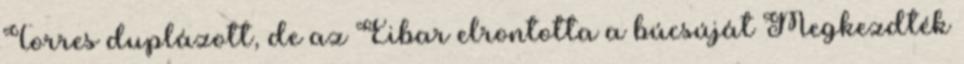
Torres duplázott, de az Eibar elrontotta a búcsúját Megkezdték